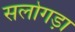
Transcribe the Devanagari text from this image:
सलोगड़ा